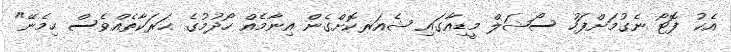
އެކު ފޮޓޯ ނެގުމަށްފަހު ސޯޝަލް މީޑިއާގައި ޝެއަރކޮށްގެން އިނާމެއް ހޯދުމުގެ ޙަރަކާތެއްވެސް ހިމެނޭ"